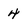
Character: 4